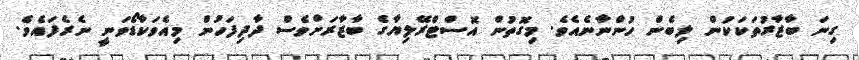
ގިނަ ބާޒާރުތަކަކުން ލިބެން ހުންނާނެއެވެ. މިގޮތުން އޮސްޓްރޭލިޔާގެ ބާޒާރަށްވެސް ދާދިފަހުން މިއެވަކާޑޯވަނީ ނެރެފައެވެ.